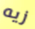
زيه